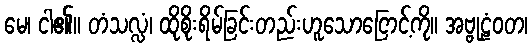
မေ၊ ငါ၏။ တံသလ္လံ၊ ထိုစိုးရိမ်ခြင်းတည်းဟူသောငြောင့်ကို။ အဗ္ဗုဠံဝတ၊